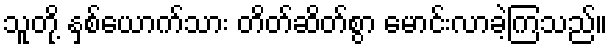
သူတို့ နှစ်ယောက်သား တိတ်ဆိတ်စွာ မောင်းလာခဲ့ကြသည်။